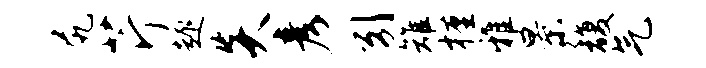
尻芹趣炎彦引雉槿雅景馥气